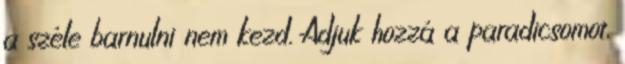
a széle barnulni nem kezd. Adjuk hozzá a paradicsomot,